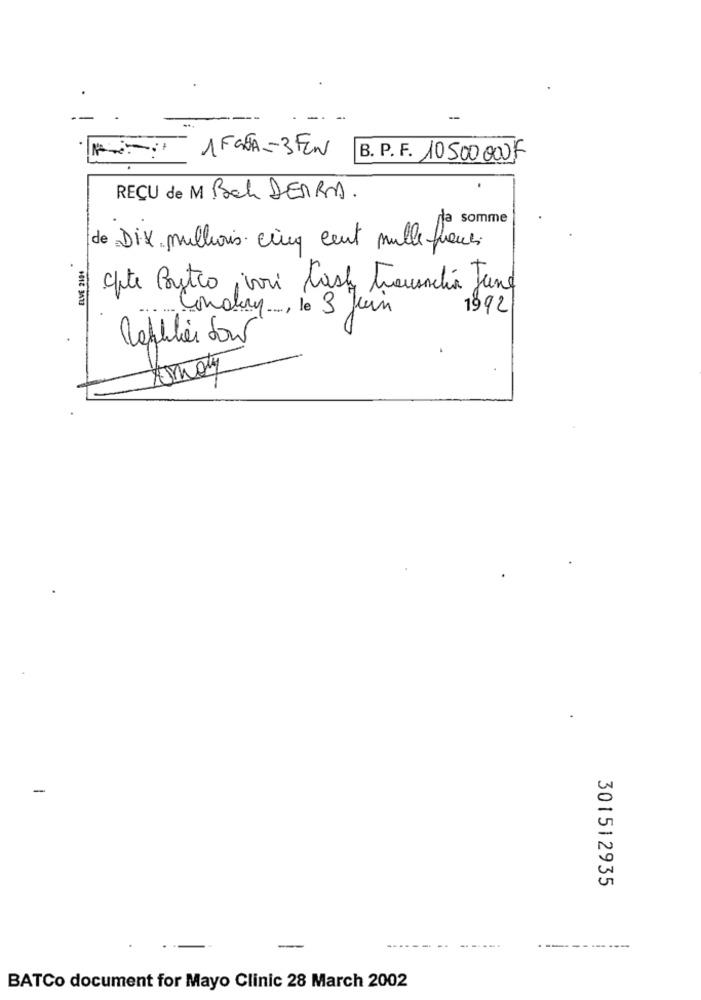
-
1 FATA-3FEN
B. P. F. 10500000F
REÇU de M Bah DERRA.
somme
de Dix millionis cinq cent mille francs
ELVE 2104
alte Postco vri tasty trauenchia June
Condary, le 3 juin
1992
Regulier dow
tomaty
-
301512935
-
------
BATCo document for Mayo Clinic 28 March 2002